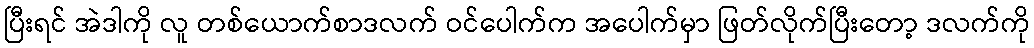
ပြီးရင် အဲဒါကို လူ တစ်ယောက်စာဒလက် ဝင်ပေါက်က အပေါက်မှာ ဖြတ်လိုက်ပြီးတော့ ဒလက်ကို